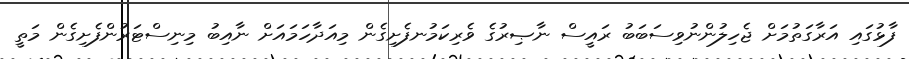
ފާޅުގައި އަރާގަތުމަށް ޖެހިލުންނުވިސަބަބު ރައީސް ނާޞިރުގެ ވެރިކަމުނފެށިގެން މިއަދާހަމައަށް ނާއިބު މިނިސްޓަރުންފެށިގެން މަތީ